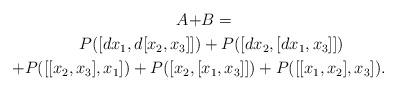
LaTeX: \begin{align*} A + &B = \\ P([dx_1,d[x_2,x_3]]) &+ P([dx_2,[dx_1,x_3]]) \\ + P([[x_2,x_3],x_1]) + P([x_2,[&x_1,x_3]]) + P([[x_1,x_2],x_3]). \end{align*}